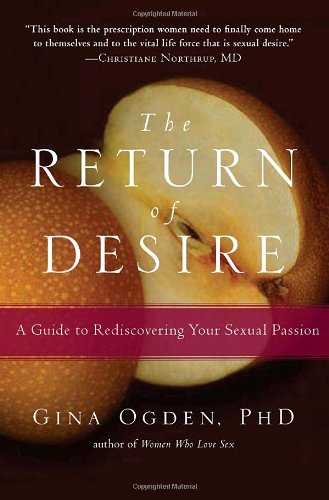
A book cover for The Return of Desire: A Guide to Rediscovering Your Sexual Passion; Gina Ogden; Health, Fitness & Dieting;